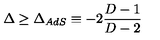
\Delta \geq \Delta _ { A d S } \equiv - 2 \frac { D - 1 } { D - 2 }